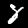
Label: 8